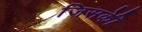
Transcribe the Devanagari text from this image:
जिसकीे